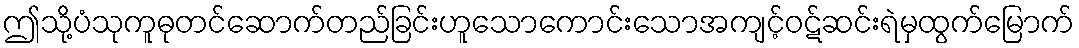
ဤသို့ပံသုကူဓုတင်ဆောက်တည်ခြင်းဟူသောကောင်းသောအကျင့်ဝဋ်ဆင်းရဲမှထွက်မြောက်